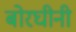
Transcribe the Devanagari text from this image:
बोरघीनी